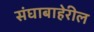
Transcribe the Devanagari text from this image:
संघाबाहेरील